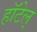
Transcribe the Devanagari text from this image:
हॉटेल्